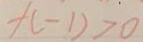
+ ( - 1 ) > 0